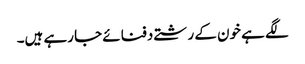
لگے ہے خون کے رشتے دفنائے جا رہے ہیں۔